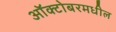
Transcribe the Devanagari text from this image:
ऑक्टोबरमधील